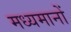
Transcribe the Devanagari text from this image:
मध्यमानों